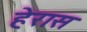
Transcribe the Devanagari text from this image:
हेरास